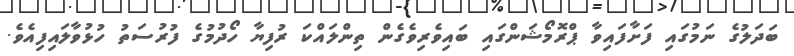
ބަދަލުގެ ނަމުގައި ފަށާފައިވާ ޕްރޮމޯޝަންގައި ބައިވެރިވެގެން ތިންލައްކަ ރުފިޔާ ހޯދުމުގެ ފުރުސަތު ހުޅުވާލައިފިއެވެ.